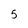
Character: 5